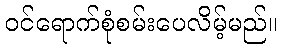
ဝင်ရောက်စုံစမ်းပေလိမ့်မည်။